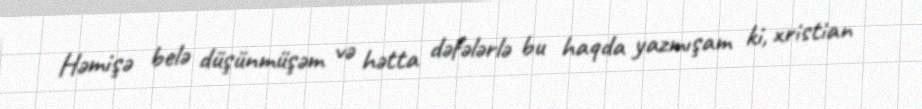
Həmişə belə düşünmüşəm və hətta dəfələrlə bu haqda yazmışam ki, xristian